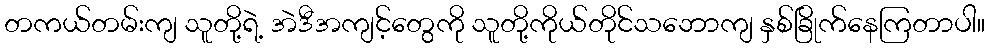
တကယ်တမ်းကျ သူတို့ရဲ့ အဲဒီအကျင့်တွေကို သူတို့ကိုယ်တိုင်သဘောကျ နှစ်ခြိုက်နေကြတာပါ။